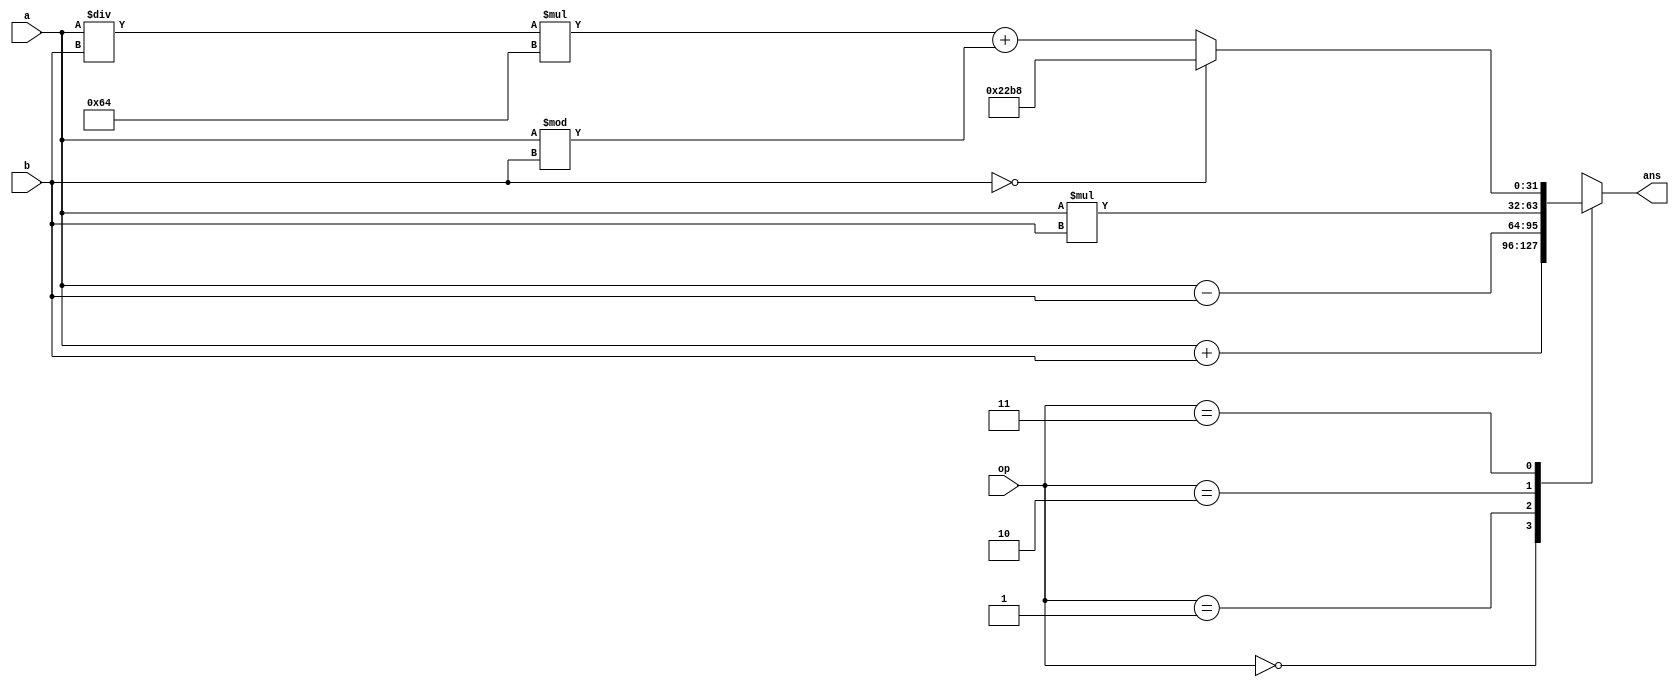
module ALU(input integer a, input integer b, input [1:0] op, output integer ans);

	always @(a or b or op) begin
		case (op)
			2'b00:	ans = a + b;
			2'b01:	ans = a - b;
			2'b10:	ans = a * b;
			2'b11:	if(b==0)ans=8888;else ans = (a / b) * 100 + a % b;
		endcase
	end

endmodule